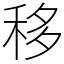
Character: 移